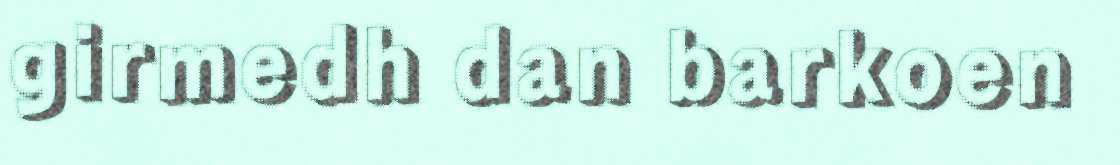
girmedh dan barkoen